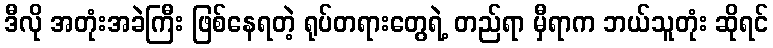
ဒီလို အတုံးအခဲကြီး ဖြစ်နေရတဲ့ ရုပ်တရားတွေရဲ့ တည်ရာ မှီရာက ဘယ်သူတုံး ဆိုရင်